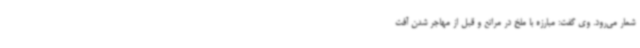
شمار می‌رود. وی گفت: مبارزه با ملخ در مراتع و قبل از مهاجر شدن آفت